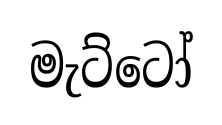
මැට්ටෝ